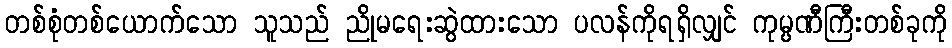
တစ်စုံတစ်ယောက်သော သူသည် ညိုမရေးဆွဲထားသော ပလန်ကိုရရှိလျှင် ကုမ္ပဏီကြီးတစ်ခုကို